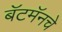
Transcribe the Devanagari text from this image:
बॅटमॅनचे